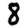
Digit: 8